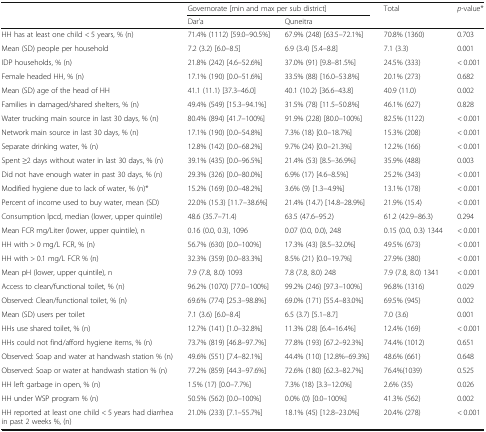
<table><thead><tr><td rowspan="2"></td><td colspan="2"><b>Governorate [min and max per sub district]</b></td><td rowspan="2"><b>Total</b></td><td><b><i>p</i>-value*</b></td></tr><tr><td><b>Dar’a</b></td><td><b>Quneitra</b></td><td></td></tr></thead><tbody><tr><td>HH has at least one child &lt; 5 years, % (n)</td><td>71.4% (1112) [59.0–90.5%]</td><td>67.9% (248) [63.5–72.1%]</td><td>70.8% (1360)</td><td>0.703</td></tr><tr><td>Mean (SD) people per household</td><td>7.2 (3.2) [6.0–8.5]</td><td>6.9 (3.4) [5.4–8.8]</td><td>7.1 (3.3)</td><td>0.001</td></tr><tr><td>IDP households, % (n)</td><td>21.8% (242) [4.6–52.6%]</td><td>37.0% (91) [9.8–81.5%]</td><td>24.5% (333)</td><td>&lt; 0.001</td></tr><tr><td>Female headed HH, % (n)</td><td>17.1% (190) [0.0–51.6%]</td><td>33.5% (88) [16.0–53.8%]</td><td>20.1% (273)</td><td>0.682</td></tr><tr><td>Mean (SD) age of the head of HH</td><td>41.1 (11.1) [37.3–46.0]</td><td>40.1 (10.2) [36.6–43.8]</td><td>40.9 (11.0)</td><td>0.002</td></tr><tr><td>Families in damaged/shared shelters, % (n)</td><td>49.4% (549) [15.3–94.1%]</td><td>31.5% (78) [11.5–50.8%]</td><td>46.1% (627)</td><td>0.828</td></tr><tr><td>Water trucking main source in last 30 days, % (n)</td><td>80.4% (894) [41.7–100%]</td><td>91.9% (228) [80.0–100%]</td><td>82.5% (1122)</td><td>&lt; 0.001</td></tr><tr><td>Network main source in last 30 days, % (n)</td><td>17.1% (190) [0.0–54.8%]</td><td>7.3% (18) [0.0–18.7%]</td><td>15.3% (208)</td><td>&lt; 0.001</td></tr><tr><td>Separate drinking water, % (n)</td><td>12.8% (142) [0.0–68.2%]</td><td>9.7% (24) [0.0–21.3%]</td><td>12.2% (166)</td><td>&lt; 0.001</td></tr><tr><td>Spent ≥2 days without water in last 30 days, % (n)</td><td>39.1% (435) [0.0–96.5%]</td><td>21.4% (53) [8.5–36.9%]</td><td>35.9% (488)</td><td>0.003</td></tr><tr><td>Did not have enough water in past 30 days, % (n)</td><td>29.3% (326) [0.0–80.0%]</td><td>6.9% (17) [4.6–8.5%]</td><td>25.2% (343)</td><td>&lt; 0.001</td></tr><tr><td>Modified hygiene due to lack of water, % (n)*</td><td>15.2% (169) [0.0–48.2%]</td><td>3.6% (9) [1.3–4.9%]</td><td>13.1% (178)</td><td>&lt; 0.001</td></tr><tr><td>Percent of income used to buy water, mean (SD)</td><td>22.0% (15.3) [11.7–38.6%]</td><td>21.4% (14.7) [14.8–28.9%]</td><td>21.9% (15.4)</td><td>&lt; 0.001</td></tr><tr><td>Consumption lpcd, median (lower, upper quintile)</td><td>48.6 (35.7–71.4)</td><td>63.5 (47.6–95.2)</td><td>61.2 (42.9–86.3)</td><td>0.294</td></tr><tr><td>Mean FCR mg/Liter (lower, upper quintile), n</td><td>0.16 (0.0, 0.3), 1096</td><td>0.07 (0.0, 0.0), 248</td><td>0.15 (0.0, 0.3) 1344</td><td>&lt; 0.001</td></tr><tr><td>HH with &gt; 0 mg/L FCR, % (n)</td><td>56.7% (630) [0.0–100%]</td><td>17.3% (43) [8.5–32.0%]</td><td>49.5% (673)</td><td>&lt; 0.001</td></tr><tr><td>HH with &gt; 0.1 mg/L FCR % (n)</td><td>32.3% (359) [0.0–83.3%]</td><td>8.5% (21) [0.0–19.7%]</td><td>27.9% (380)</td><td>&lt; 0.001</td></tr><tr><td>Mean pH (lower, upper quintile), n</td><td>7.9 (7.8, 8.0) 1093</td><td>7.8 (7.8, 8.0) 248</td><td>7.9 (7.8, 8.0) 1341</td><td>&lt; 0.001</td></tr><tr><td>Access to clean/functional toilet, % (n)</td><td>96.2% (1070) [77.0–100%]</td><td>99.2% (246) [97.3–100%]</td><td>96.8% (1316)</td><td>0.029</td></tr><tr><td>Observed: Clean/functional toilet, % (n)</td><td>69.6% (774) [25.3–98.8%]</td><td>69.0% (171) [55.4–83.0%]</td><td>69.5% (945)</td><td>0.002</td></tr><tr><td>Mean (SD) users per toilet</td><td>7.1 (3.6) [6.0–8.4]</td><td>6.5 (3.7) [5.1–8.7]</td><td>7.0 (3.6)</td><td>0.001</td></tr><tr><td>HHs use shared toilet, % (n)</td><td>12.7% (141) [1.0–32.8%]</td><td>11.3% (28) [6.4–16.4%]</td><td>12.4% (169)</td><td>&lt; 0.001</td></tr><tr><td>HHs could not find/afford hygiene items, % (n)</td><td>73.7% (819) [46.8–97.7%]</td><td>77.8% (193) [67.2–92.3%]</td><td>74.4% (1012)</td><td>0.651</td></tr><tr><td>Observed: Soap and water at handwash station % (n)</td><td>49.6% (551) [7.4–82.1%]</td><td>44.4% (110) [12.8%–69.3%]</td><td>48.6% (661)</td><td>0.648</td></tr><tr><td>Observed: Soap or water at handwash station % (n)</td><td>77.2% (859) [44.3–97.6%]</td><td>72.6% (180) [62.3–82.7%]</td><td>76.4%(1039)</td><td>0.525</td></tr><tr><td>HH left garbage in open, % (n)</td><td>1.5% (17) [0.0–7.7%]</td><td>7.3% (18) [3.3–12.0%]</td><td>2.6% (35)</td><td>0.026</td></tr><tr><td>HH under WSP program % (n)</td><td>50.5% (562) [0.0–100%]</td><td>0.0% (0) [0.0–100%]</td><td>41.3% (562)</td><td>0.002</td></tr><tr><td>HH reported at least one child &lt; 5 years had diarrhea in past 2 weeks %, (n)</td><td>21.0% (233) [7.1–55.7%]</td><td>18.1% (45) [12.8–23.0%]</td><td>20.4% (278)</td><td>&lt; 0.001</td></tr></tbody></table>